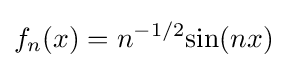
f_{n}(x)=n^{-1/2}{\sin(nx)}